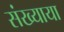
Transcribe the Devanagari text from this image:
संख्याया